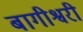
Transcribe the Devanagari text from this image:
बागीश्वरी